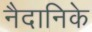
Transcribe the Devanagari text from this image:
नैदानिके